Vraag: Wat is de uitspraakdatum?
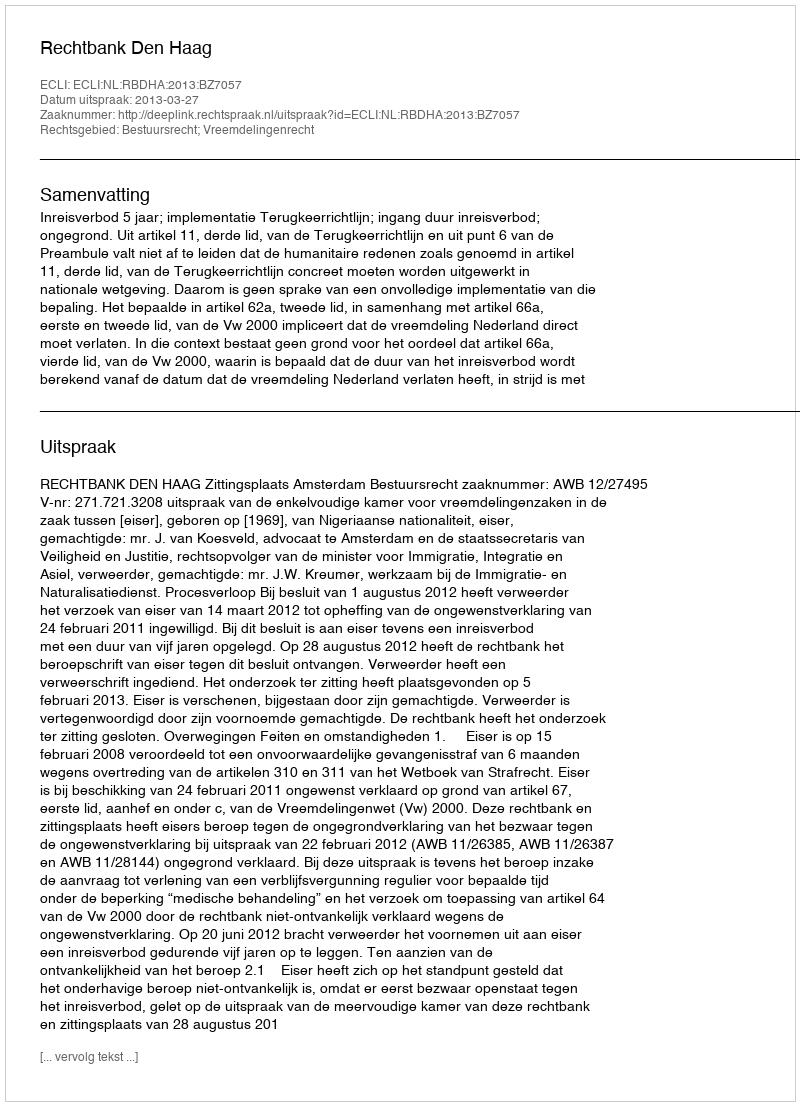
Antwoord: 2013-03-27